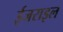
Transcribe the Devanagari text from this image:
ईजराइल